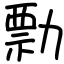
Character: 勡